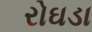
રોઘડા